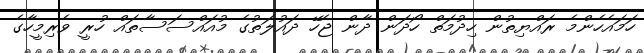
ހަމައެހެންމެ ރައްޔިތުން ހިދުމަތް ހޯދަން ދާން ޖެހޭ ދައުލަތުގެ މުއައްސަސާތައް ހުރީ ވެރިމީހާގެ